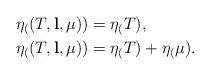
LaTeX: \begin{align*}\eta_((T,\mathbf{l},\mu)) &= \eta_(T), \\\eta_((T,\mathbf{l},\mu)) &= \eta_(T) + \eta_(\mu).\end{align*}